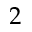
2